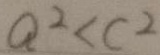
a ^ { 2 } < c ^ { 2 }